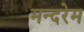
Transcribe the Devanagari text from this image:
मन्दरेम